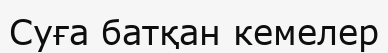
Суға батқан кемелер